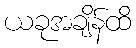
ယခုအချိန်ထိ